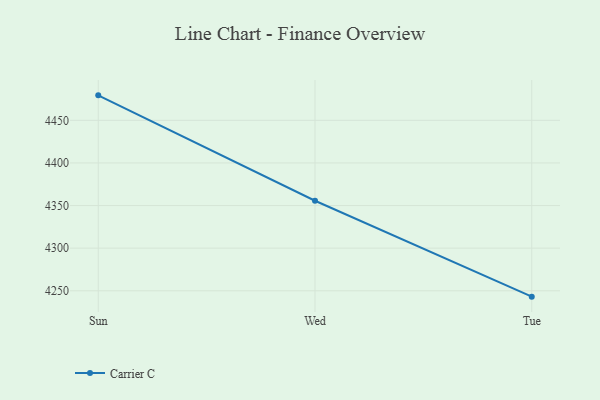
{"axis": {"x": "Day", "y": "Inventory Turnover"}, "legend": ["Carrier C"], "data": [{"x": "Sun", "y": 4479.3, "type": "Carrier C"}, {"x": "Wed", "y": 4355.6, "type": "Carrier C"}, {"x": "Tue", "y": 4243.1, "type": "Carrier C"}]}